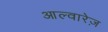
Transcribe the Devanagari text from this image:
आल्वारेज़